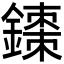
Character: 𫓇